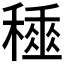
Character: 𥢰